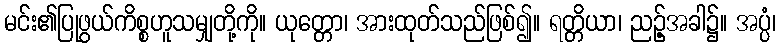
မင်း၏ပြုဖွယ်ကိစ္စဟူသမျှတို့ကို။ ယုတ္တော၊ အားထုတ်သည်ဖြစ်၍။ ရတ္တိယာ၊ ညဉ့်အခါ၌။ အပ္ပံ၊